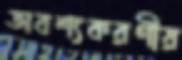
অবশ্যকরণীয়